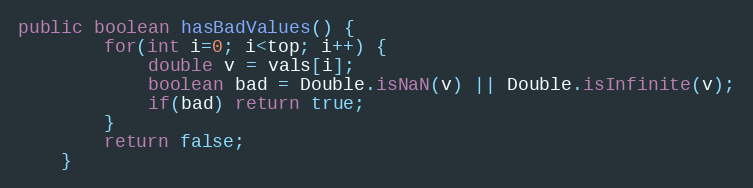
Language: Java
public boolean hasBadValues() {
        for(int i=0; i<top; i++) {
            double v = vals[i];
            boolean bad = Double.isNaN(v) || Double.isInfinite(v);
            if(bad) return true;
        }
        return false;
    }